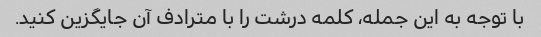
با توجه به این جمله، کلمه درشت را با مترادف آن جایگزین کنید.